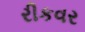
રીકવર